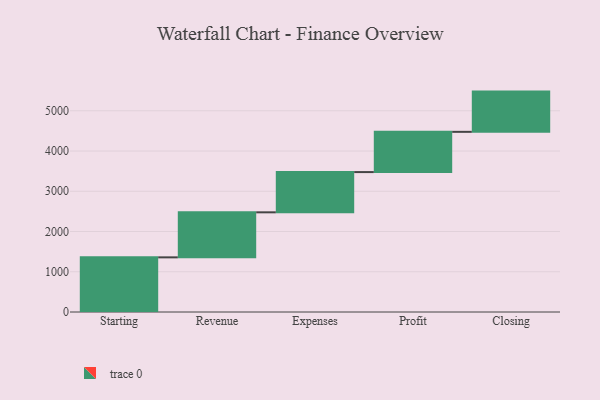
{"axis": {"x": "Step", "y": "Value"}, "legend": [""], "data": [{"x": "Starting", "y": 1358.0, "type": ""}, {"x": "Revenue", "y": 1119.0, "type": ""}, {"x": "Expenses", "y": 1000, "type": ""}, {"x": "Profit", "y": 1000, "type": ""}, {"x": "Closing", "y": 1000, "type": ""}]}